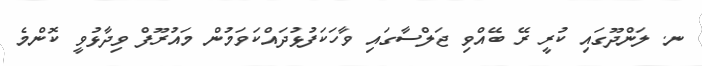
ނ. ލަންދޫގައި ކުރީ ރޭ ބޭއްވި ޖަލްސާގައި ވާހަކަފުޅުދައްކަވަމުން މައުރޫފް ވިދާޅުވީ ކޮންމެ